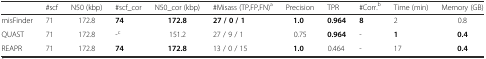
<table><thead><tr><td></td><td><b>#scf</b></td><td><b>N50 (kbp)</b></td><td><b>#scf_cor</b></td><td><b>N50_cor (kbp)</b></td><td><b>#Misass (TP,FP,FN)<sup>a</sup></b></td><td><b>Precision</b></td><td><b>TPR</b></td><td><b>#Corr.<sup>b</sup></b></td><td><b>Time (min)</b></td><td><b>Memory (GB)</b></td></tr></thead><tbody><tr><td>misFinder</td><td>71</td><td>172.8</td><td><b>74</b></td><td><b>172.8</b></td><td><b>27 / 0 / 1</b></td><td><b>1.0</b></td><td><b>0.964</b></td><td><b>8</b></td><td>2</td><td>0.8</td></tr><tr><td>QUAST</td><td>71</td><td>172.8</td><td>-<sup>c</sup></td><td>151.2</td><td>27 / 9 / 1</td><td>0.75</td><td><b>0.964</b></td><td>-</td><td><b>1</b></td><td><b>0.4</b></td></tr><tr><td>REAPR</td><td>71</td><td>172.8</td><td><b>74</b></td><td><b>172.8</b></td><td>13 / 0 / 15</td><td><b>1.0</b></td><td>0.464</td><td>-</td><td>17</td><td><b>0.4</b></td></tr></tbody></table>